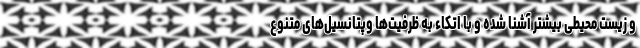
و زیست محیطی بیشتر آشنا شده و با اتکاء به ظرفیت‌ها وپتانسیل‌های متنوع